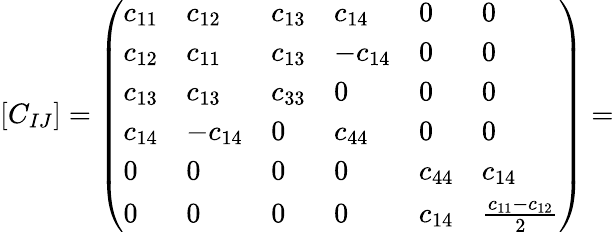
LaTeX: \left[C_{IJ}\right]=\left(\begin{array}{llllll}{c_{11}}&{c_{12}}&{c_{13}}&{c_{14}}&{0}&{0}\\ {c_{12}}&{c_{11}}&{c_{13}}&{-c_{14}}&{0}&{0}\\ {c_{13}}&{c_{13}}&{c_{33}}&{0}&{0}&{0}\\ {c_{14}}&{-c_{14}}&{0}&{c_{44}}&{0}&{0}\\ {0}&{0}&{0}&{0}&{c_{44}}&{c_{14}}\\ {0}&{0}&{0}&{0}&{c_{14}}&{\frac{c_{11}-c_{12}}{2}}\end{array}\right)=